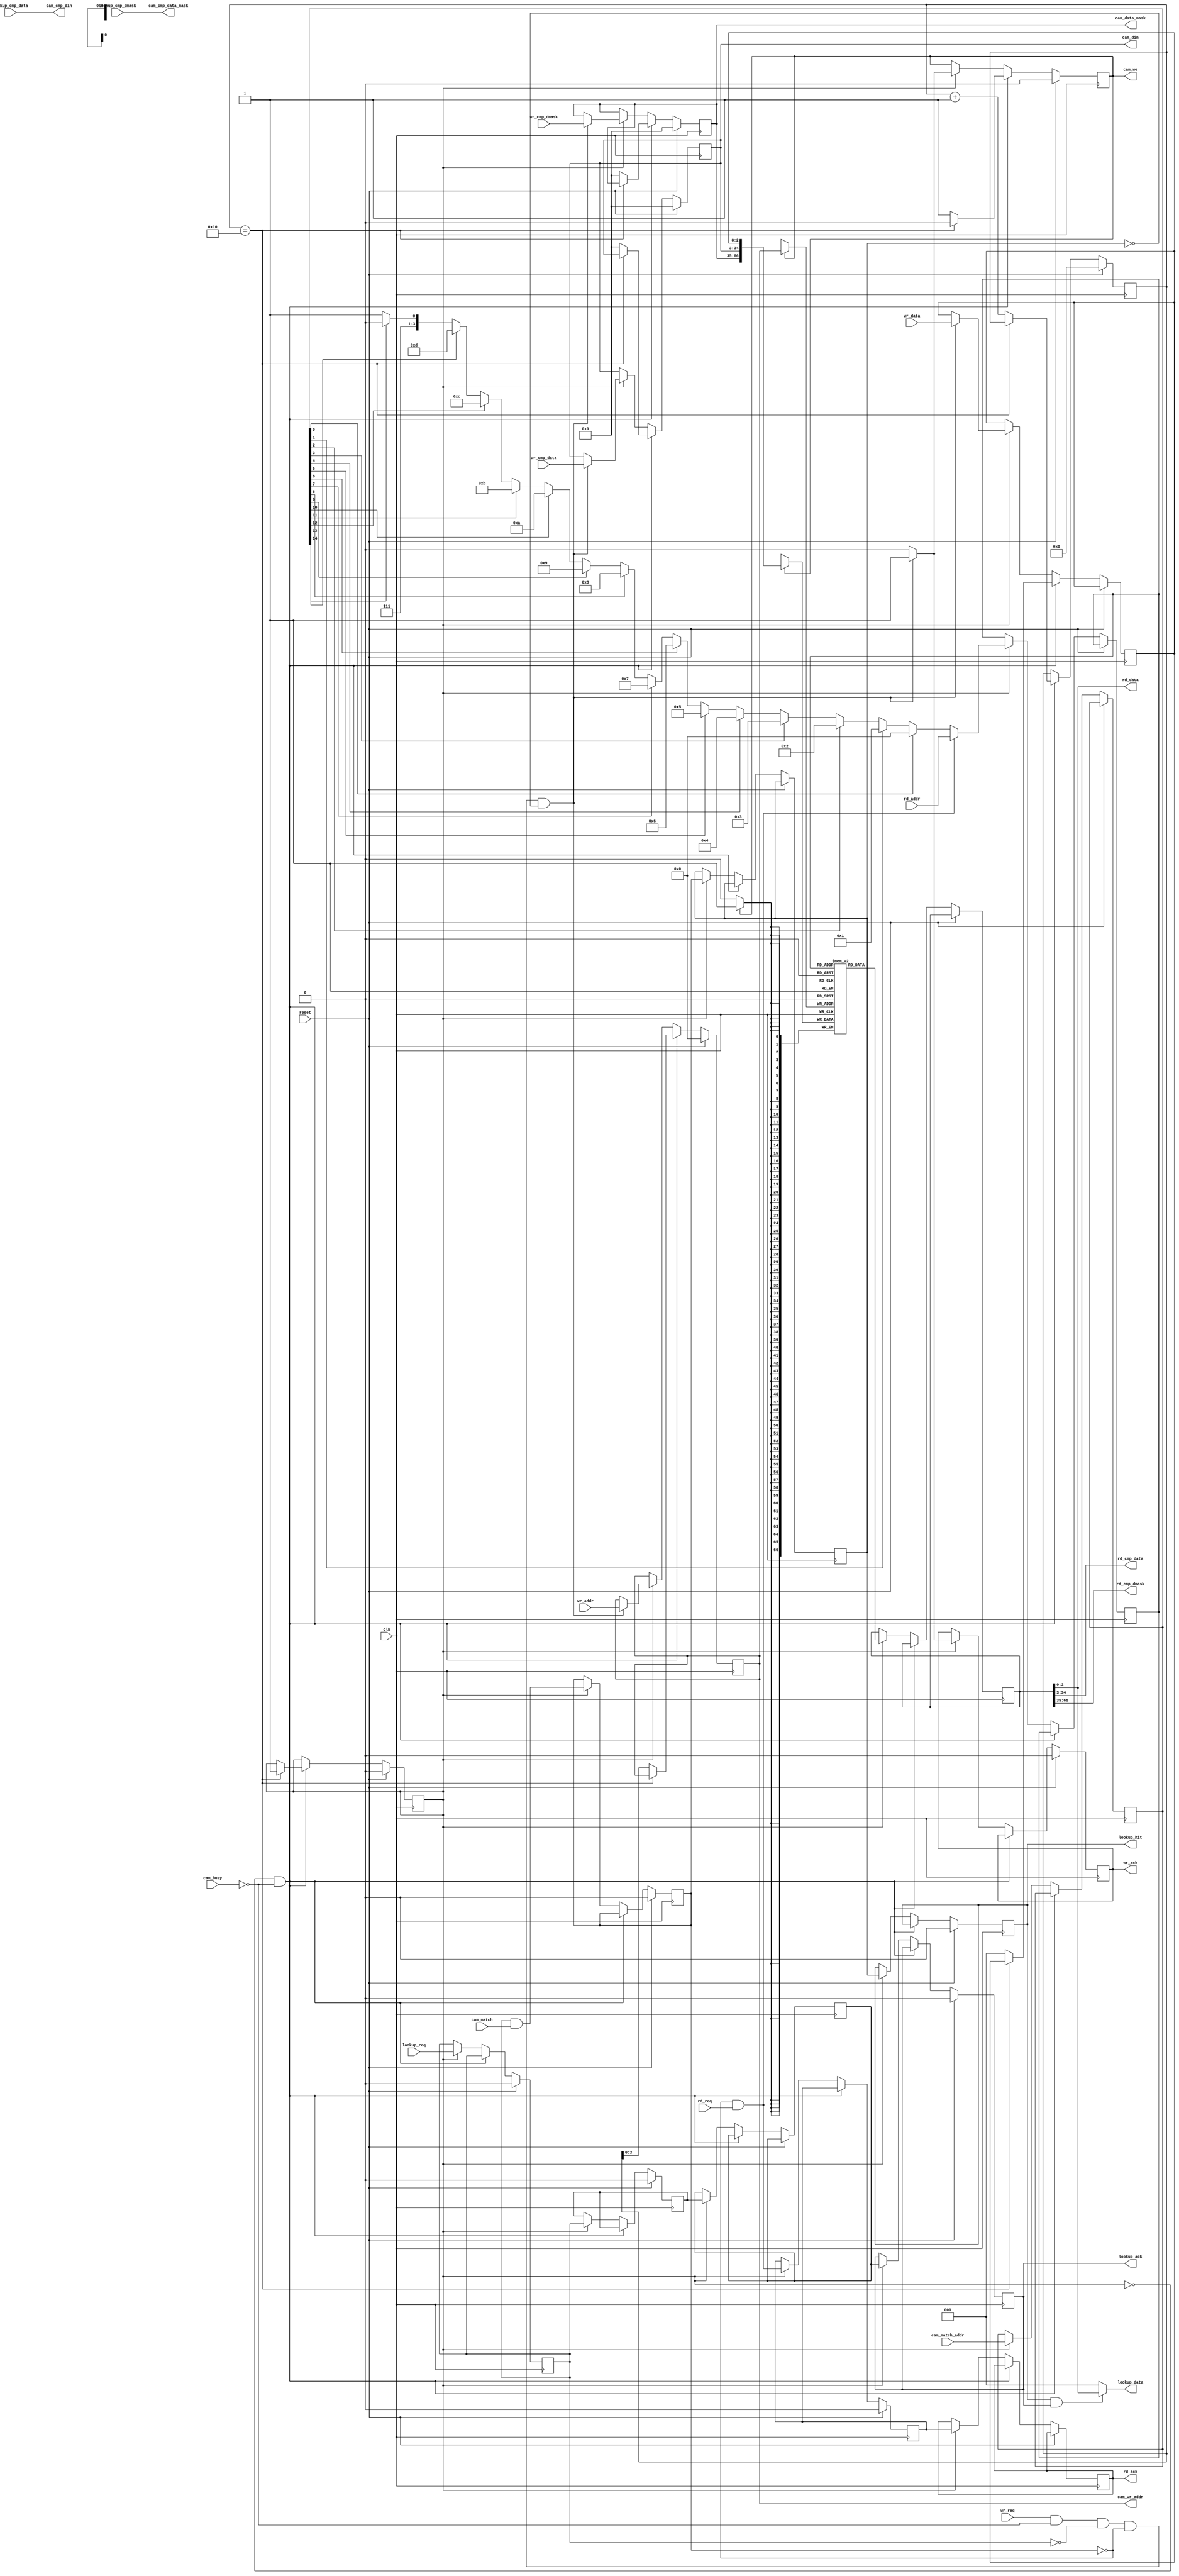
///////////////////////////////////////////////////////////////////////////////
// $Id: unencoded_cam_lut_sm.v 3001 2007-11-21 18:37:00Z jnaous $
//
// Module: unencoded_cam_lut_sm.v
// Project: NF2.1
// Description: controls an unencoded muli-match cam and provides a LUT.
//  Matches data and provides reg access
//
///////////////////////////////////////////////////////////////////////////////

  module unencoded_cam_lut_sm
    #(parameter CMP_WIDTH  = 32,
      parameter DATA_WIDTH = 3,
      parameter LUT_DEPTH  = 16,
      parameter LUT_DEPTH_BITS = log2(LUT_DEPTH),
      parameter DEFAULT_DATA = 0,                       // DATA to return on a miss
      parameter RESET_DATA = {DATA_WIDTH{1'b0}},        // value of data on reset
      parameter RESET_CMP_DATA = {CMP_WIDTH{1'b0}},     // value of compare datae on reset
      parameter RESET_CMP_DMASK = {CMP_WIDTH{1'b0}}     // value compare of data mask on reset
      )
   (// --- Interface for lookups
    input                              lookup_req,
    input      [CMP_WIDTH-1:0]         lookup_cmp_data,
    input      [CMP_WIDTH-1:0]         lookup_cmp_dmask,
    output reg                         lookup_ack,
    output reg                         lookup_hit,
    output     [DATA_WIDTH-1:0]        lookup_data,

    // --- Interface to registers
    // --- Read port
    input [LUT_DEPTH_BITS-1:0]         rd_addr,          // address in table to read
    input                              rd_req,           // request a read
    output [DATA_WIDTH-1:0]            rd_data,          // data found for the entry
    output [CMP_WIDTH-1:0]             rd_cmp_data,      // matching data for the entry
    output [CMP_WIDTH-1:0]             rd_cmp_dmask,     // don't cares entry
    output reg                         rd_ack,           // pulses high

    // --- Write port
    input [LUT_DEPTH_BITS-1:0]         wr_addr,
    input                              wr_req,
    input [DATA_WIDTH-1:0]             wr_data,          // data found for the entry
    input [CMP_WIDTH-1:0]              wr_cmp_data,      // matching data for the entry
    input [CMP_WIDTH-1:0]              wr_cmp_dmask,     // don't cares for the entry
    output reg                         wr_ack,

    // --- CAM interface
    input                              cam_busy,
    input                              cam_match,
    input      [LUT_DEPTH-1:0]         cam_match_addr,
    output     [CMP_WIDTH-1:0]         cam_cmp_din,
    output reg [CMP_WIDTH-1:0]         cam_din,
    output reg                         cam_we,
    output reg [LUT_DEPTH_BITS-1:0]    cam_wr_addr,
    output     [CMP_WIDTH-1:0]         cam_cmp_data_mask,
    output reg [CMP_WIDTH-1:0]         cam_data_mask,

    // --- Misc
    input                              reset,
    input                              clk
   );


   function integer log2;
      input integer number;
      begin
         log2=0;
         while(2**log2<number) begin
            log2=log2+1;
         end
      end
   endfunction // log2

   //-------------------- Internal Parameters ------------------------
   localparam RESET = 0;
   localparam READY = 1;

   //---------------------- Wires and regs----------------------------
   reg [LUT_DEPTH_BITS-1:0]              lut_rd_addr;
   reg [DATA_WIDTH+2*CMP_WIDTH-1:0]      lut_rd_data;
   reg [DATA_WIDTH-1:0]                  lut_wr_data;

   reg [DATA_WIDTH+2*CMP_WIDTH-1:0]      lut[LUT_DEPTH-1:0];

   reg                                   lookup_latched;
   reg                                   cam_match_found;
   reg                                   cam_lookup_done;
   reg                                   rd_req_latched;

   reg                                   cam_match_encoded;
   reg                                   cam_match_found_d1;
   reg [LUT_DEPTH-1:0]                   cam_match_unencoded_addr;

   reg [LUT_DEPTH_BITS-1:0]              cam_match_encoded_addr;
   // synthesis attribute PRIORITY_EXTRACT of cam_match_encoded_addr is force;

   integer                               i;

   /* used to track the addresses for resetting the CAM and the LUT */
   reg [LUT_DEPTH_BITS:0]                reset_count;
   reg                                   state;

   //------------------------- Logic --------------------------------

   assign cam_cmp_din       = lookup_cmp_data;
   assign cam_cmp_data_mask = lookup_cmp_dmask;

   assign lookup_data       = (lookup_hit & lookup_ack) ? lut_rd_data[DATA_WIDTH-1:0] : DEFAULT_DATA;

   assign rd_data           = lut_rd_data[DATA_WIDTH-1:0];
   assign rd_cmp_data       = lut_rd_data[DATA_WIDTH+CMP_WIDTH-1:DATA_WIDTH];
   assign rd_cmp_dmask      = lut_rd_data[DATA_WIDTH+2*CMP_WIDTH-1:DATA_WIDTH+CMP_WIDTH];


   /* encode the match address */
   always @(*) begin
      cam_match_encoded_addr = LUT_DEPTH[LUT_DEPTH_BITS-1:0] - 1'b1;
      for (i = LUT_DEPTH-2; i >= 0; i = i-1) begin
         if (cam_match_unencoded_addr[i]) begin
            cam_match_encoded_addr = i[LUT_DEPTH_BITS-1:0];
         end
      end
   end

   always @(posedge clk) begin

      if(reset) begin
         lookup_latched     <= 0;
         cam_match_found    <= 0;
         cam_lookup_done    <= 0;
         rd_req_latched     <= 0;
         lookup_ack         <= 0;
         lookup_hit         <= 0;
         cam_we             <= 0;
         cam_wr_addr        <= 0;
         cam_din            <= 0;
         cam_data_mask      <= 0;
         wr_ack             <= 0;
         state              <= RESET;
         reset_count        <= 0;
      end // if (reset)
      else begin
         if (state == RESET && !cam_busy) begin
            if(reset_count == LUT_DEPTH) begin
               state  <= READY;
               cam_we <= 1'b0;
            end
            else begin
               reset_count      <= reset_count + 1'b1;
               cam_we           <= 1'b1;
               cam_wr_addr      <= reset_count[LUT_DEPTH_BITS-1:0];
               cam_din          <= RESET_CMP_DATA;
               cam_data_mask    <= RESET_CMP_DMASK;
	       lut_wr_data      <= RESET_DATA;
            end
         end

         else if (state == READY) begin
            /* first pipeline stage -- do CAM lookup */
            lookup_latched              <= lookup_req;

            /* second pipeline stage -- CAM result/LUT input*/
            cam_match_found             <= lookup_latched & cam_match;
            cam_lookup_done             <= lookup_latched;
            cam_match_unencoded_addr    <= cam_match_addr;

            /* third pipeline stage -- encode the CAM output */
            cam_match_encoded           <= cam_lookup_done;
            cam_match_found_d1          <= cam_match_found;
            lut_rd_addr                 <= (!cam_match_found && rd_req) ? rd_addr : cam_match_encoded_addr;
            rd_req_latched              <= (!cam_match_found && rd_req);

            /* fourth pipeline stage -- read LUT */
            lookup_ack                  <= cam_match_encoded;
            lookup_hit                  <= cam_match_found_d1;
            lut_rd_data                 <= lut[lut_rd_addr];
            rd_ack                      <= rd_req_latched;

            /* Handle writes */
            if(wr_req & !cam_busy & !lookup_latched & !cam_match_found & !cam_match_found_d1) begin
               cam_we           <= 1;
               cam_wr_addr      <= wr_addr;
               cam_din          <= wr_cmp_data ;
               cam_data_mask    <= wr_cmp_dmask;
               wr_ack           <= 1;
	       lut_wr_data      <= wr_data;
            end
            else begin
               cam_we <= 0;
               wr_ack <= 0;
            end // else: !if(wr_req & !cam_busy & !lookup_latched & !cam_match_found & !cam_match_found_d1)
         end // else: !if(state == RESET)

      end // else: !if(reset)

      // separate this out to allow implementation as BRAM
      if(cam_we) begin
	 lut[cam_wr_addr] <= {cam_data_mask, cam_din, lut_wr_data};
      end

   end // always @ (posedge clk)

endmodule // cam_lut_sm